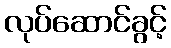
လုပ်ဆောင်ခွင့်